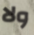
ولا